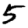
Digit: 5